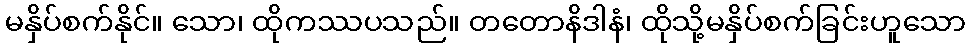
မနှိပ်စက်နိုင်။ သော၊ ထိုကဿပသည်။ တတောနိဒါနံ၊ ထိုသို့မနှိပ်စက်ခြင်းဟူသော